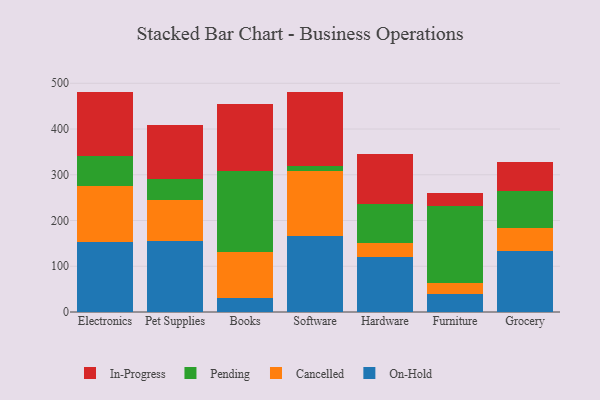
{"axis": {"x": "Category", "y": "Production Output"}, "legend": ["Cancelled", "In-Progress", "On-Hold", "Pending"], "data": [{"x": "Electronics", "y": 153.2, "type": "On-Hold"}, {"x": "Electronics", "y": 122.8, "type": "Cancelled"}, {"x": "Electronics", "y": 65.6, "type": "Pending"}, {"x": "Electronics", "y": 140.2, "type": "In-Progress"}, {"x": "Pet Supplies", "y": 154.7, "type": "On-Hold"}, {"x": "Pet Supplies", "y": 90.3, "type": "Cancelled"}, {"x": "Pet Supplies", "y": 46.3, "type": "Pending"}, {"x": "Pet Supplies", "y": 118.0, "type": "In-Progress"}, {"x": "Books", "y": 29.9, "type": "On-Hold"}, {"x": "Books", "y": 102.2, "type": "Cancelled"}, {"x": "Books", "y": 175.3, "type": "Pending"}, {"x": "Books", "y": 147.4, "type": "In-Progress"}, {"x": "Software", "y": 165.1, "type": "On-Hold"}, {"x": "Software", "y": 143.2, "type": "Cancelled"}, {"x": "Software", "y": 10.5, "type": "Pending"}, {"x": "Software", "y": 162.9, "type": "In-Progress"}, {"x": "Hardware", "y": 119.7, "type": "On-Hold"}, {"x": "Hardware", "y": 30.8, "type": "Cancelled"}, {"x": "Hardware", "y": 85.2, "type": "Pending"}, {"x": "Hardware", "y": 109.4, "type": "In-Progress"}, {"x": "Furniture", "y": 39.3, "type": "On-Hold"}, {"x": "Furniture", "y": 24.5, "type": "Cancelled"}, {"x": "Furniture", "y": 166.9, "type": "Pending"}, {"x": "Furniture", "y": 30.1, "type": "In-Progress"}, {"x": "Grocery", "y": 133.1, "type": "On-Hold"}, {"x": "Grocery", "y": 50.8, "type": "Cancelled"}, {"x": "Grocery", "y": 80.3, "type": "Pending"}, {"x": "Grocery", "y": 63.2, "type": "In-Progress"}]}